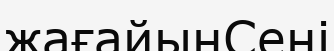
жағайынСені